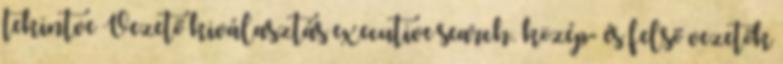
tekintve Vezető kiválasztás executive search. közép- és felső vezetők